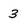
Character: 3